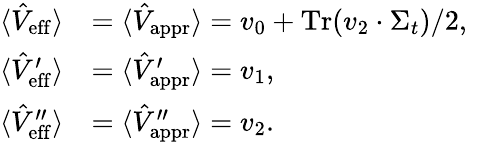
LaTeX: \begin{array}{rl}{\langle\hat{V}_{\mathrm{eff}}\rangle}&{=\langle\hat{V}_{\mathrm{appr}}\rangle=v_{0}+\operatorname{Tr}(v_{2}\cdot\Sigma_{t})/2\mathrm{,\ }}\\ {\langle\hat{V}_{\mathrm{eff}}^{\prime}\rangle}&{=\langle\hat{V}_{\mathrm{appr}}^{\prime}\rangle=v_{1}\mathrm{,\ }}\\ {\langle\hat{V}_{\mathrm{eff}}^{\prime\prime}\rangle}&{=\langle\hat{V}_{\mathrm{appr}}^{\prime\prime}\rangle=v_{2}.}\end{array}